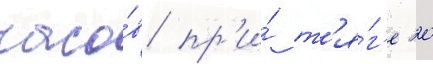
часо́в пр'и́ т'я́г'е 20